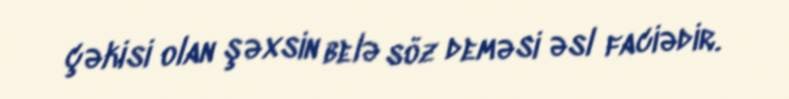
çəkisi olan şəxsin belə söz deməsi əsl faciədir.